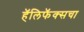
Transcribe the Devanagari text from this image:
हॅलिफॅक्सचा